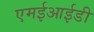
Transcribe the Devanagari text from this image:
एमईआईडी